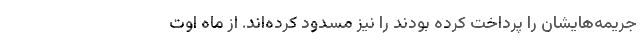
جریمه‌هایشان را پرداخت کرده بودند را نیز مسدود کرده‌اند. از ماه اوت